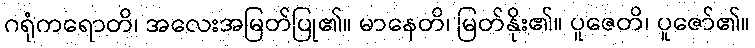
ဂရုံကရောတိ၊ အလေးအမြတ်ပြု၏။ မာနေတိ၊ မြတ်နိုး၏။ ပူဇေတိ၊ ပူဇော်၏။